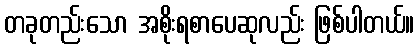
တခုတည်းသော အစိုးရစာပေဆုလည်း ဖြစ်ပါတယ်။